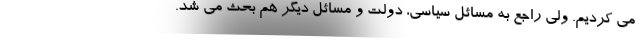
می کردیم. ولی راجع به مسائل سیاسی، دولت و مسائل دیگر هم بحث می شد.